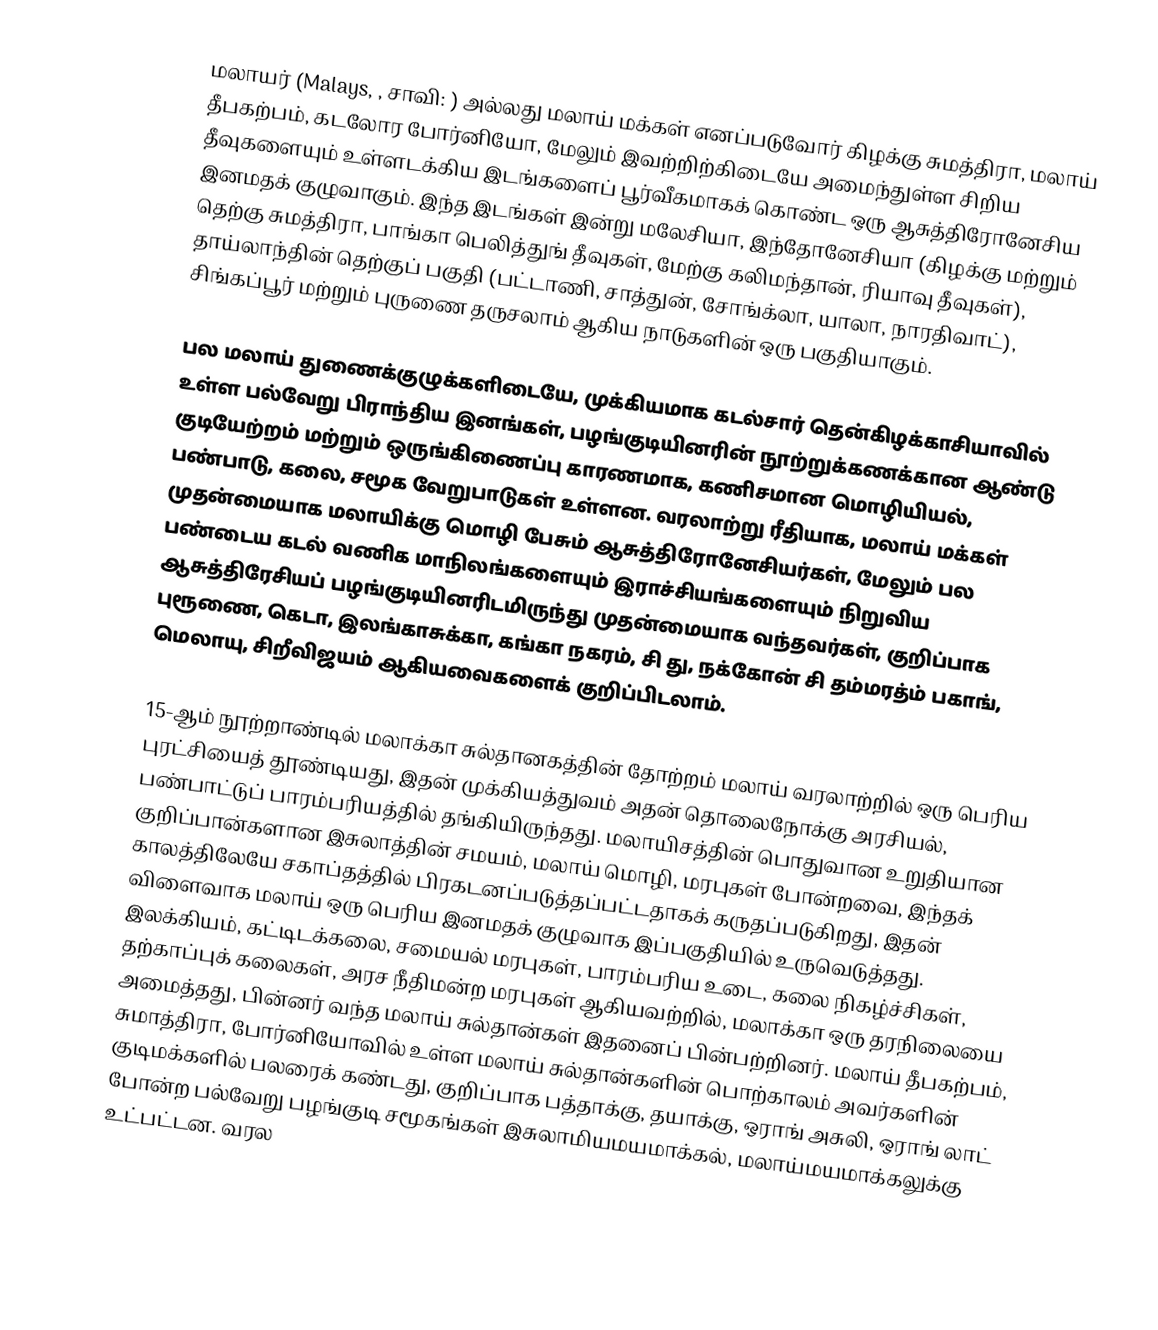
மலாயர் (Malays, , சாவி: ) அல்லது மலாய் மக்கள் எனப்படுவோர் கிழக்கு சுமத்திரா, மலாய் தீபகற்பம், கடலோர போர்னியோ, மேலும் இவற்றிற்கிடையே அமைந்துள்ள சிறிய தீவுகளையும் உள்ளடக்கிய இடங்களைப் பூர்வீகமாகக் கொண்ட ஒரு ஆசுத்திரோனேசிய இனமதக் குழுவாகும். இந்த இடங்கள் இன்று மலேசியா, இந்தோனேசியா (கிழக்கு மற்றும் தெற்கு சுமத்திரா, பாங்கா பெலித்துங் தீவுகள், மேற்கு கலிமந்தான், ரியாவு தீவுகள்), தாய்லாந்தின் தெற்குப் பகுதி (பட்டாணி, சாத்துன், சோங்க்லா, யாலா, நாரதிவாட்), சிங்கப்பூர் மற்றும் புருணை தருசலாம் ஆகிய நாடுகளின் ஒரு பகுதியாகும்.

பல மலாய் துணைக்குழுக்களிடையே, முக்கியமாக கடல்சார் தென்கிழக்காசியாவில் உள்ள பல்வேறு பிராந்திய இனங்கள், பழங்குடியினரின் நூற்றுக்கணக்கான ஆண்டு குடியேற்றம் மற்றும் ஒருங்கிணைப்பு காரணமாக, கணிசமான மொழியியல், பண்பாடு, கலை, சமூக வேறுபாடுகள் உள்ளன. வரலாற்று ரீதியாக, மலாய் மக்கள் முதன்மையாக மலாயிக்கு மொழி பேசும் ஆசுத்திரோனேசியர்கள், மேலும் பல பண்டைய கடல் வணிக மாநிலங்களையும் இராச்சியங்களையும் நிறுவிய ஆசுத்திரேசியப் பழங்குடியினரிடமிருந்து முதன்மையாக வந்தவர்கள், குறிப்பாக புரூணை, கெடா, இலங்காசுக்கா, கங்கா நகரம், சி து, நக்கோன் சி தம்மரத்ம் பகாங், மெலாயு, சிறீவிஜயம் ஆகியவைகளைக் குறிப்பிடலாம்.

15-ஆம் நூற்றாண்டில் மலாக்கா சுல்தானகத்தின் தோற்றம் மலாய் வரலாற்றில் ஒரு பெரிய புரட்சியைத் தூண்டியது, இதன் முக்கியத்துவம் அதன் தொலைநோக்கு அரசியல், பண்பாட்டுப் பாரம்பரியத்தில் தங்கியிருந்தது. மலாயிசத்தின் பொதுவான உறுதியான குறிப்பான்களான இசுலாத்தின் சமயம், மலாய் மொழி, மரபுகள் போன்றவை, இந்தக் காலத்திலேயே சகாப்தத்தில் பிரகடனப்படுத்தப்பட்டதாகக் கருதப்படுகிறது, இதன் விளைவாக மலாய் ஒரு பெரிய இனமதக் குழுவாக இப்பகுதியில் உருவெடுத்தது. இலக்கியம், கட்டிடக்கலை, சமையல் மரபுகள், பாரம்பரிய உடை, கலை நிகழ்ச்சிகள், தற்காப்புக் கலைகள், அரச நீதிமன்ற மரபுகள் ஆகியவற்றில், மலாக்கா ஒரு தரநிலையை அமைத்தது, பின்னர் வந்த மலாய் சுல்தான்கள் இதனைப் பின்பற்றினர். மலாய் தீபகற்பம், சுமாத்திரா, போர்னியோவில் உள்ள மலாய் சுல்தான்களின் பொற்காலம் அவர்களின் குடிமக்களில் பலரைக் கண்டது, குறிப்பாக பத்தாக்கு, தயாக்கு, ஒராங் அசுலி, ஒராங் லாட் போன்ற பல்வேறு பழங்குடி சமூகங்கள் இசுலாமியமயமாக்கல், மலாய்மயமாக்கலுக்கு உட்பட்டன. வரல